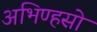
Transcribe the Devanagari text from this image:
अभिण्हसो